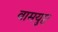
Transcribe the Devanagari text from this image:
वामयुप्ट